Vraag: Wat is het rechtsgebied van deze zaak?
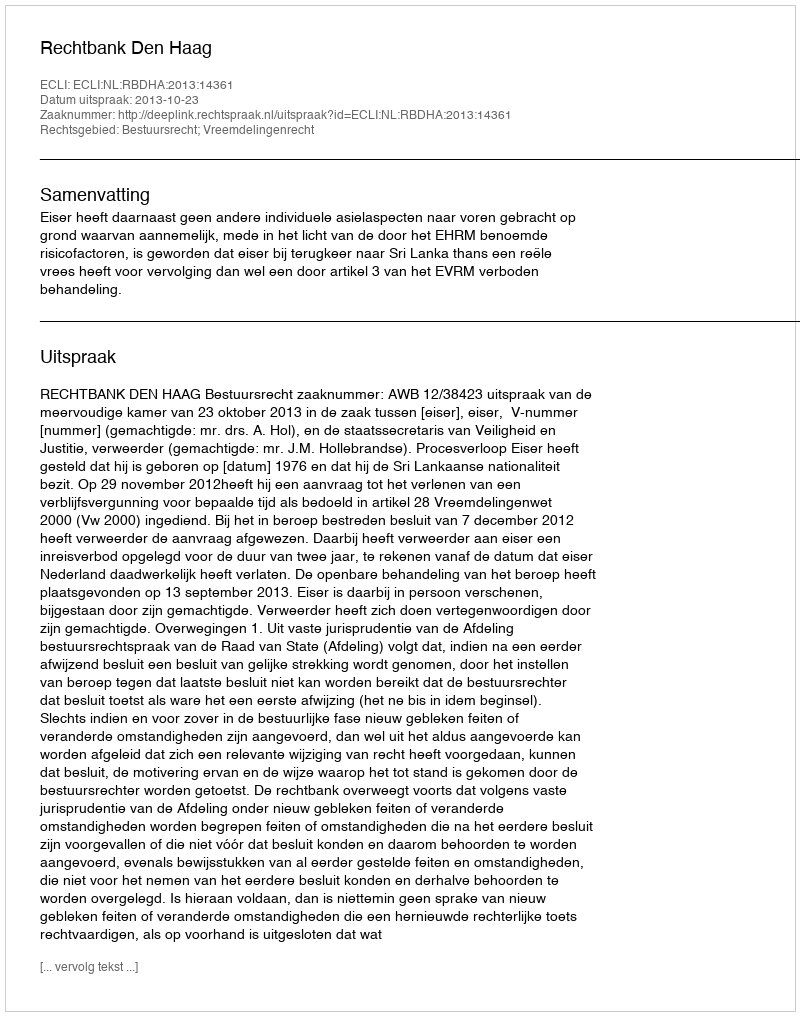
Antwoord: Bestuursrecht; Vreemdelingenrecht